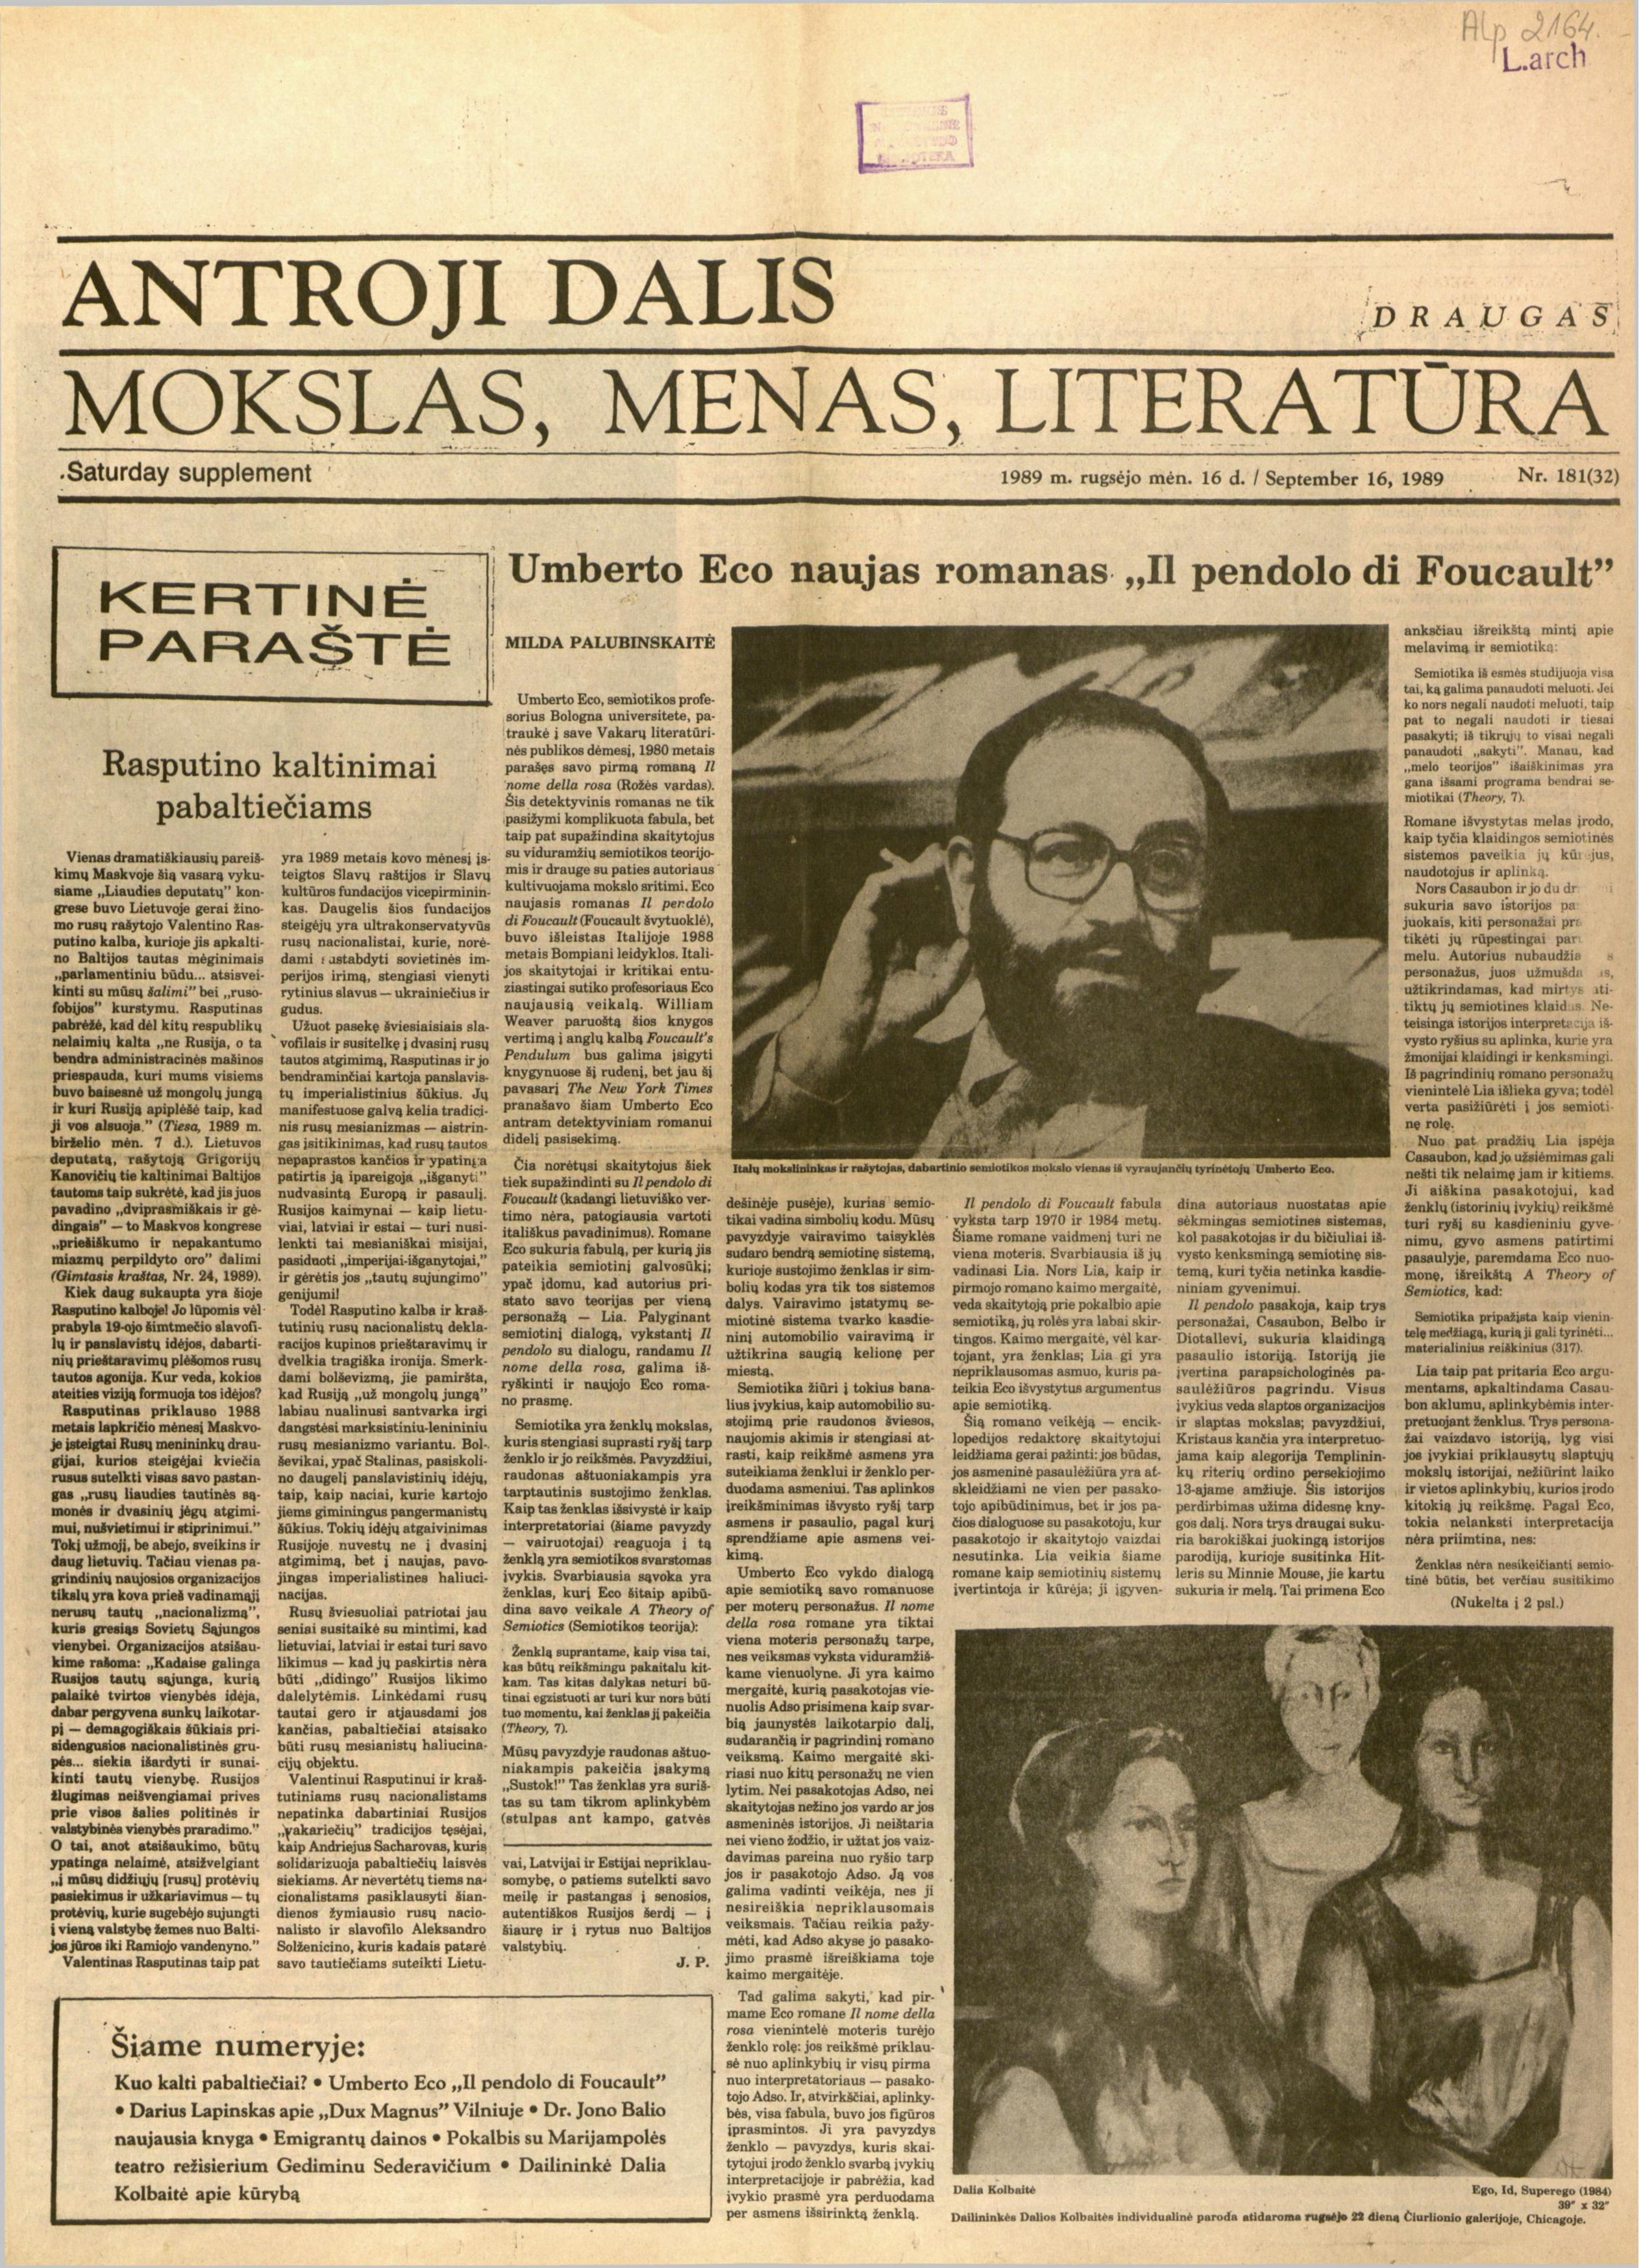
Language: lt